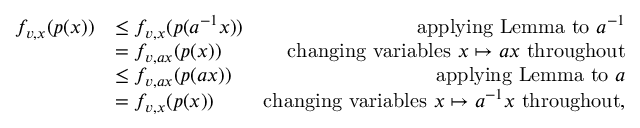
\begin{array} { r l r } { f _ { v , x } ( p ( x ) ) } & { \leq f _ { v , x } ( p ( a ^ { - 1 } x ) ) } & { \mathrm { a p p l y i n g ~ L e m m a ~ t o ~ } a ^ { - 1 } } \\ & { = f _ { v , a x } ( p ( x ) ) } & { \mathrm { c h a n g i n g ~ v a r i a b l e s ~ } x \mapsto a x \mathrm { ~ t h r o u g h o u t } } \\ & { \leq f _ { v , a x } ( p ( a x ) ) } & { \mathrm { a p p l y i n g ~ L e m m a ~ t o ~ } a } \\ & { = f _ { v , x } ( p ( x ) ) } & { \mathrm { c h a n g i n g ~ v a r i a b l e s ~ } x \mapsto a ^ { - 1 } x \mathrm { ~ t h r o u g h o u t } , } \end{array}